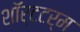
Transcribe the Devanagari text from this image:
शॉर्टटर्म